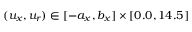
( u _ { x } , u _ { r } ) \in [ - a _ { x } , b _ { x } ] \times [ 0 . 0 , 1 4 . 5 ]